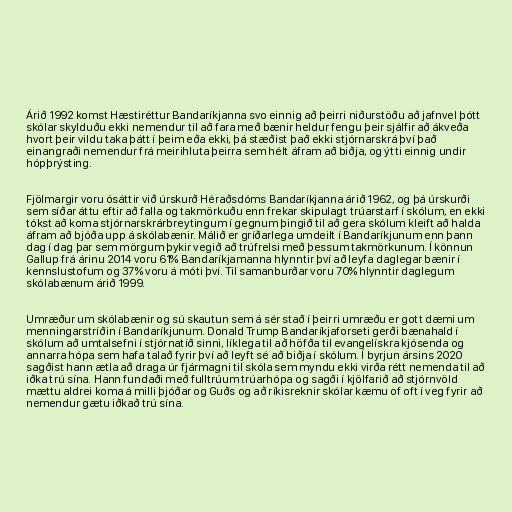
Árið 1992 komst Hæstiréttur Bandaríkjanna svo einnig að þeirri niðurstöðu að jafnvel þótt
skólar skylduðu ekki nemendur til að fara með bænir heldur fengu þeir sjálfir að ákveða
hvort þeir vildu taka þátt í þeim eða ekki, þá stæðist það ekki stjórnarskrá því það
einangraði nemendur frá meirihluta þeirra sem hélt áfram að biðja, og ýtti einnig undir
hópþrýsting.

Fjölmargir voru ósáttir við úrskurð Héraðsdóms Bandaríkjanna árið 1962, og þá úrskurði
sem síðar áttu eftir að falla og takmörkuðu enn frekar skipulagt trúarstarf í skólum, en ekki
tókst að koma stjórnarskrárbreytingum í gegnum þingið til að gera skólum kleift að halda
áfram að bjóða upp á skólabænir. Málið er gríðarlega umdeilt í Bandaríkjunum enn þann
dag í dag þar sem mörgum þykir vegið að trúfrelsi með þessum takmörkunum. Í könnun
Gallup frá árinu 2014 voru 61% Bandaríkjamanna hlynntir því að leyfa daglegar bænir í
kennslustofum og 37% voru á móti því. Til samanburðar voru 70% hlynntir daglegum
skólabænum árið 1999.

Umræður um skólabænir og sú skautun sem á sér stað í þeirri umræðu er gott dæmi um
menningarstríðin í Bandaríkjunum. Donald Trump Bandaríkjaforseti gerði bænahald í
skólum að umtalsefni í stjórnatíð sinni, líklega til að höfða til evangelískra kjósenda og
annarra hópa sem hafa talað fyrir því að leyft sé að biðja í skólum. Í byrjun ársins 2020
sagðist hann ætla að draga úr fjármagni til skóla sem myndu ekki virða rétt nemenda til að
iðka trú sína. Hann fundaði með fulltrúum trúarhópa og sagði í kjölfarið að stjórnvöld
mættu aldrei koma á milli þjóðar og Guðs og að ríkisreknir skólar kæmu of oft í veg fyrir að
nemendur gætu iðkað trú sína.